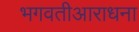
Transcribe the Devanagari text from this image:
भगवतीआराधना